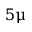
5 \upmu